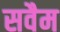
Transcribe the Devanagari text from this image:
सवैम